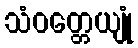
သံဝတ္တေယျုံ